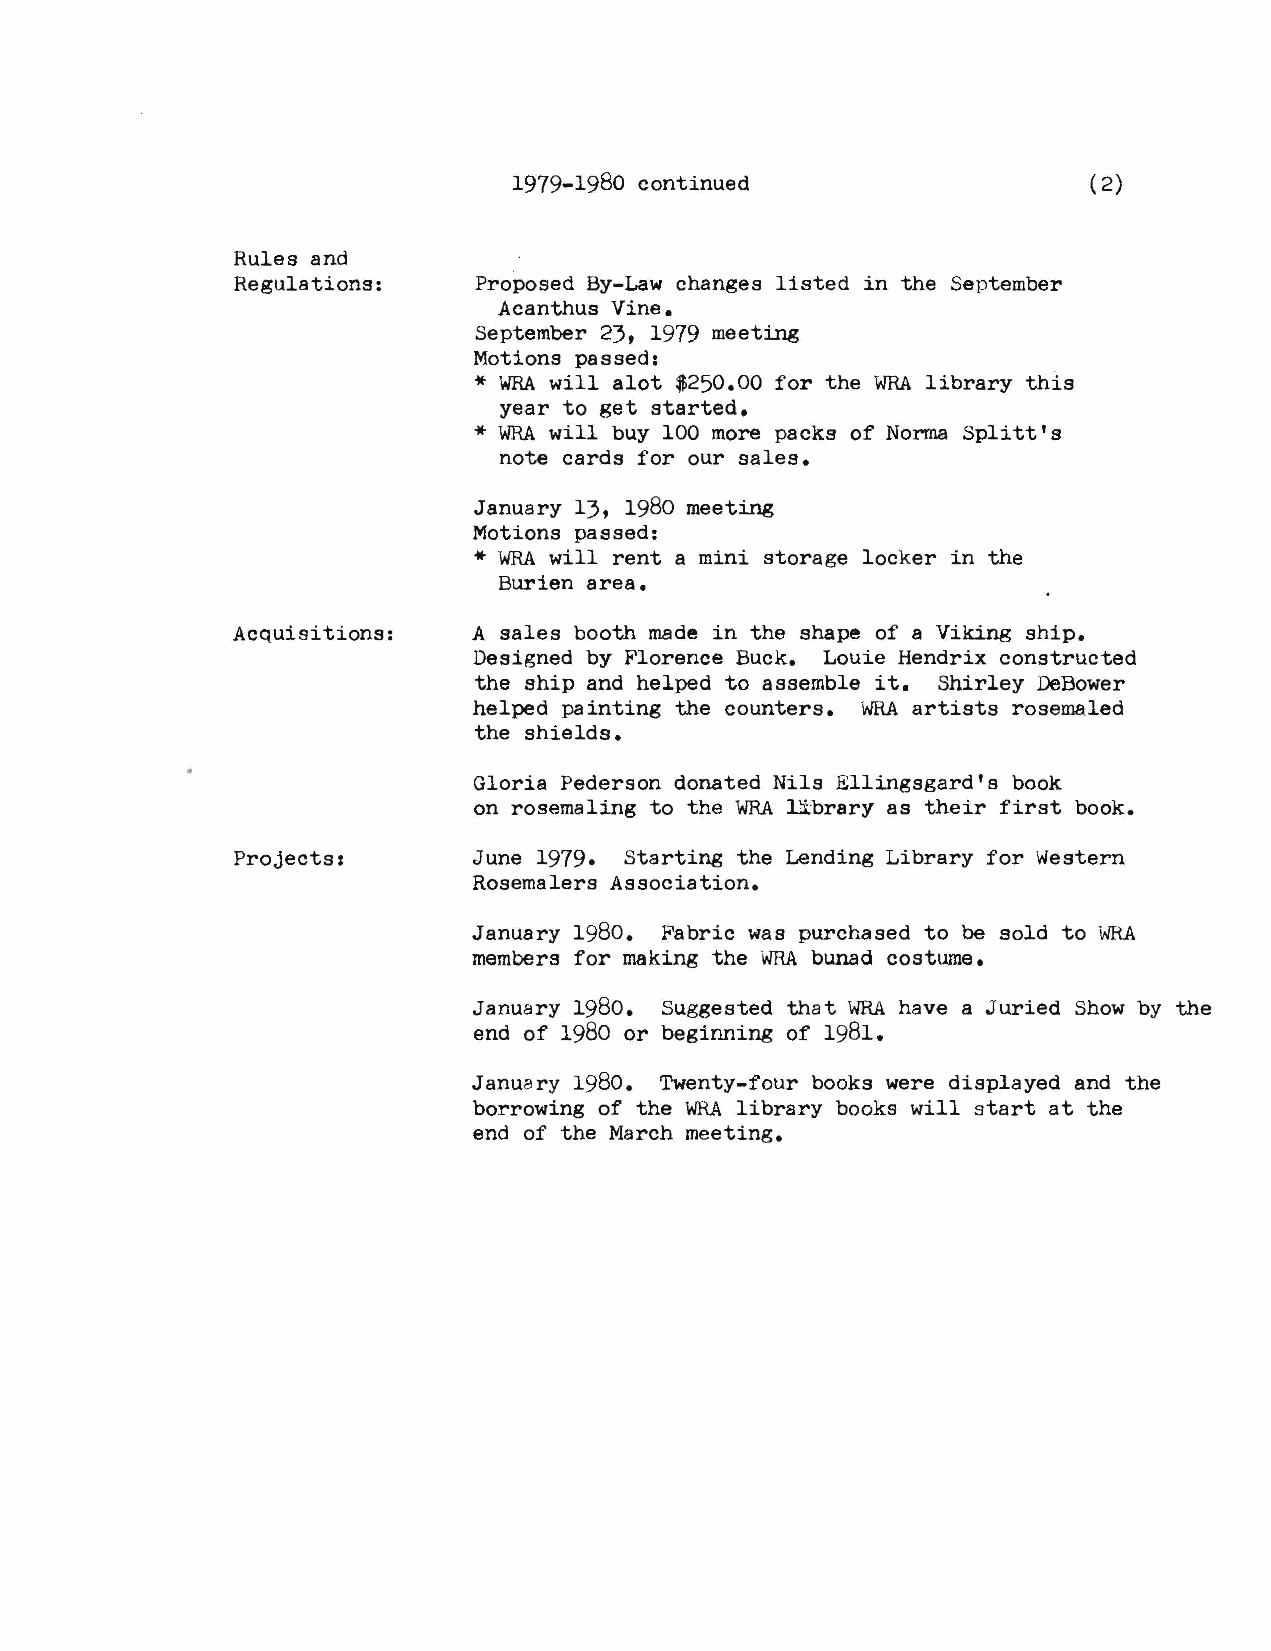
1979-1980 continued                   ( 2)
 Rules and
 Regulations:    Proposed By-Law changes listed in the September
 Acanthus Vine.
 September 23, 1979 meeting
 Motions passed:
 *
 WRAw ill alot $250.00 for the WRAl ibrary this
 year to get started.
 *
 WRAw ill buy 100 more packs of Norma Splitt's
 note cards for our sales.
 January 13, 1980 meeting
 Motions passed:
 * WRAw ill rent a mini storage locker in the
 Burien area.
 Acquisitions:   A sales booth made in the shape of a Viking ship.
 Designed by Florence Buck. Louie Hendrix constructed
 the ship and helped to assemble it. Shirley DeBower
 helped painting the counters. WRAa rtists rosemaled
 the shields.
 Gloria Pederson donated Nils Ellingsgard's book
 on rosemaling to the WRAl ibrary as their first book.
 Projects:       June 1979. Starting the Lending Library for Western
 Rosemalers Association.
 January 1980. Fabric was purchased to be sold to WR.A
 members for making the WRAb unad costume.
 January 1980. Suggested that WRAh ave a Juried Show by the
 end of 1980 or beginning of 1981.
 January 1980. Twenty-four books were displayed and the
 borrowing of the WRAl ibrary books will start at the
 end of the March meeting.